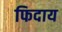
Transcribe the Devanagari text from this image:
फिदाय